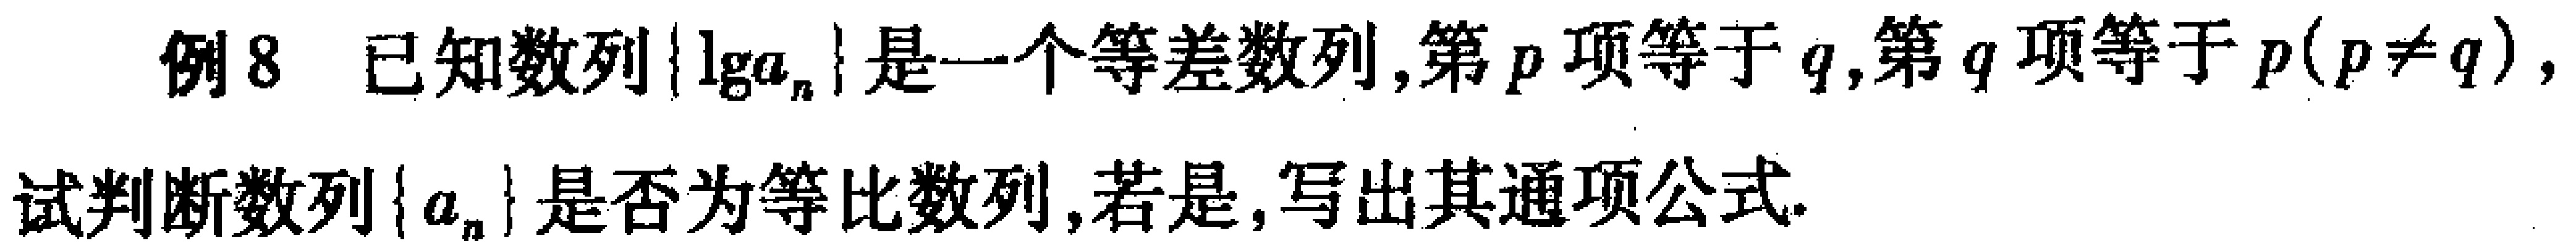
例8 已知数列\(\{\lg a_{n}\}\)是一个等差数列,第\(p\)项等于\(q\),第\(q\)项等于\(p(p\neq q)\),试判断数列\(\{ a_{n}\}\)是否为等比数列,若是,写出其通项公式.